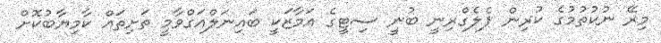
މިރޭ ނުކުތުމުގެ ކުރިން ޕެލެގްރިނީ ބުނީ ސިޓީގެ އަމާޒަކީ ބައިނަލްއަގްވާމީ ތަށިތައް ކާމިޔާބުކޮށް